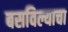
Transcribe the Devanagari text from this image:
बसविल्याचा